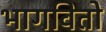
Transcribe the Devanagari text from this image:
भागवितो